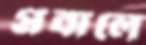
প্রবালে